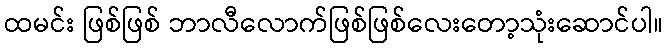
ထမင်း ဖြစ်ဖြစ် ဘာလီလောက်ဖြစ်ဖြစ်လေးတော့သုံးဆောင်ပါ။